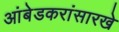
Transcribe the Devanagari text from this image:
आंबेडकरांसारखे